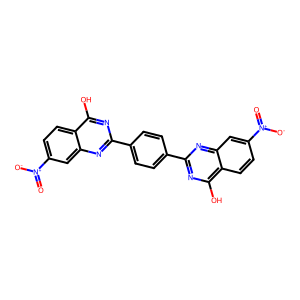
SMILES: O=[N+]([O-])c1ccc2c(O)nc(-c3ccc(-c4nc(O)c5ccc([N+](=O)[O-])cc5n4)cc3)nc2c1
Inhibits HIV replication: No